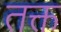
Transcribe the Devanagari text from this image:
तक्त